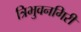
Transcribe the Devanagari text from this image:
त्रिभुवनगिरी